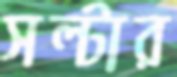
সল্টার